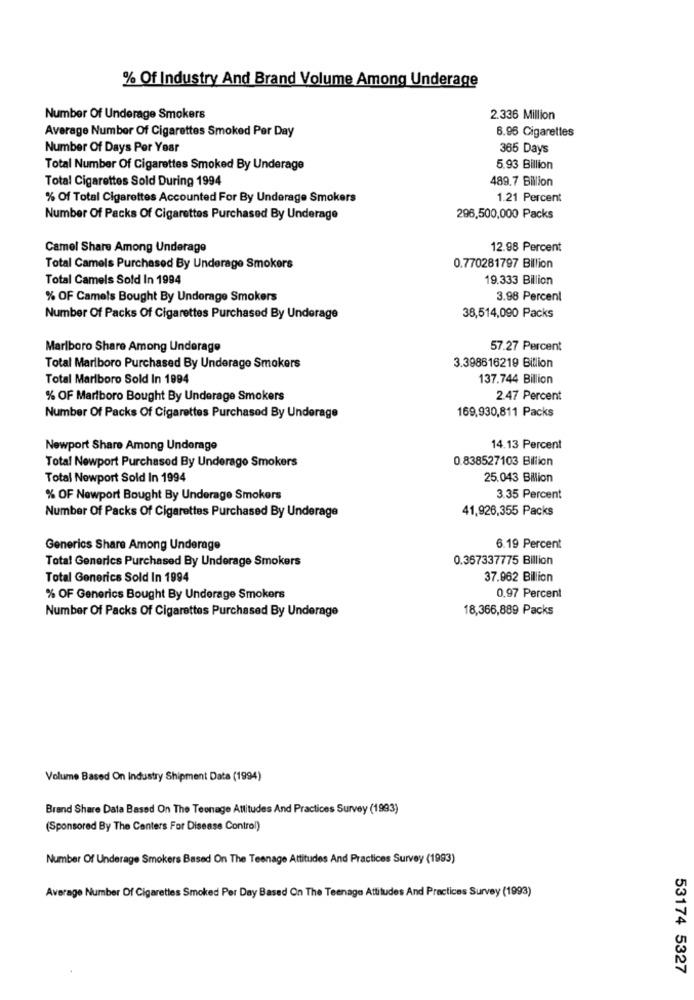
% Of Industry And Brand Volume Among Underage
Number Of Underage Smokers
2.336 Million
Average Number Of Cigarettes Smoked Per Day
6.96 Cigarettes
Number Of Days Per Year
365 Days
Total Number Of Cigarettes Smoked By Underage
5.93 Billion
Total Cigarettes Sold During 1994
489.7 Billion
% Of Total Cigarettes Accounted For By Underage Smokers
1.21 Percent
Number Of Packs Of Cigarettes Purchased By Underage
298,500,000 Packs
Camel Share Among Underage
12.98 Percent
Total Camels Purchased By Underage Smokers
0.770281797 Billion
Total Camels Sold In 1994
19.333 Billion
% OF Camels Bought By Underage Smokers
3.98 Percent
Number Of Packs Of Cigarettes Purchased By Underage
38,514,090 Packs
Marlboro Share Among Underage
57.27 Percent
Total Marlboro Purchased By Underage Smokers
3.398616219 Billion
Total Marlboro Sold In 1994
137.744 Billion
% OF Marlboro Bought By Underage Smokers
2.47 Percent
169,930,811 Packs
Number Of Packs Of Cigarettes Purchased By Underage
Newport Share Among Underage
14.13 Percent
Total Newport Purchased By Underage Smokers
0.838527103 Billion
Total Newport Sold In 1994
25.043 Billion
% OF Newport Bought By Underage Smokers
3.35 Percent
Number Of Packs Of Cigarettes Purchased By Underage
41,926,355 Packs
Generics Share Among Underage
6.19 Percent
Total Generics Purchased By Underage Smokers
0.367337775 Billion
Total Generics Sold In 1994
37.962 Billion
0,97 Percent
% OF Generics Bought By Underage Smokers
Number Of Packs Of Cigarettes Purchased By Underage
18,366,889 Packs
Volume Based On Industry Shipment Data (1994)
Brand Share Data Based On The Teenage Attitudes And Practices Survey (1993)
(Sponsored By The Centers For Disease Control)
Number Of Underage Smokers Based On The Teenage Attitudes And Practices Survey (1993)
Average Number Of Cigarettes Smoked Per Day Based On The Teenage Attitudes And Practices Survey (1993)
53174 5327